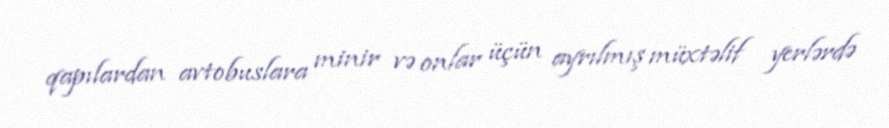
qapılardan avtobuslara minir və onlar üçün ayrılmış müxtəlif yerlərdə